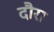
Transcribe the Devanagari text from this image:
दौरा